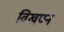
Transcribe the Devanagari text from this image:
विखण्न